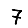
Digit: 7